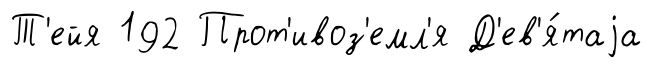
Т'ейя 192 Прот'ивоз'емл'я Д'ев'я́таjа